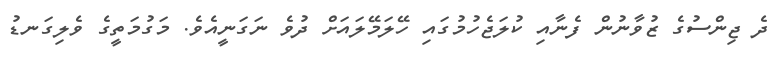
ދެ ޖިންސުގެ ޒުވާނުން ފެނާއި ކުލަޖެހުމުގައި ހޭލަމޭލައަށް ދުވެ ނަގަނީއެވެ. މަގުމަތީގެ ވެލިގަނޑު